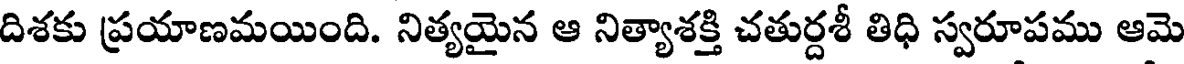
దిశకు ప్రయాణమయింది. నిత్యయైన ఆ నిత్యాశక్తి చతుర్దశీ తిధి స్వరూపము ఆమె